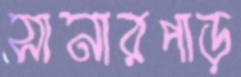
সানারপাড়